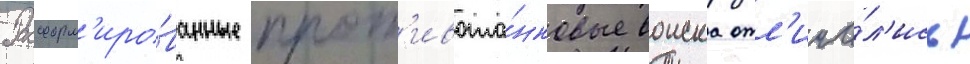
Расформ'иро́ванные прот'ивота́нковые воиска отл'ича́л'ись